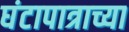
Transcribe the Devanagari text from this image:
घंटापात्राच्या